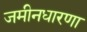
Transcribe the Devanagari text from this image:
जमीनधारणा